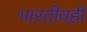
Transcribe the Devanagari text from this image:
भारतीयही